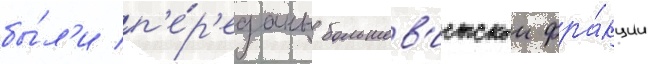
бы́л'и п'е́р'еданы большев'истскои фра́кции